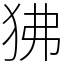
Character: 狒